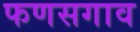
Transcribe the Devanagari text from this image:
फणसगाव